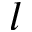
l